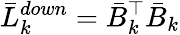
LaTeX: \bar{L}_{k}^{down}=\bar{B}_{k}^{\top}\bar{B}_{k}